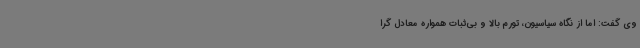
وی گفت: اما از نگاه سیاسیون، تورم بالا و بی‌ثبات همواره معادل گرا